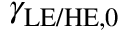
\boldsymbol { \gamma _ { \mathrm { L E / H E } , 0 } }